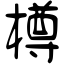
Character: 樽